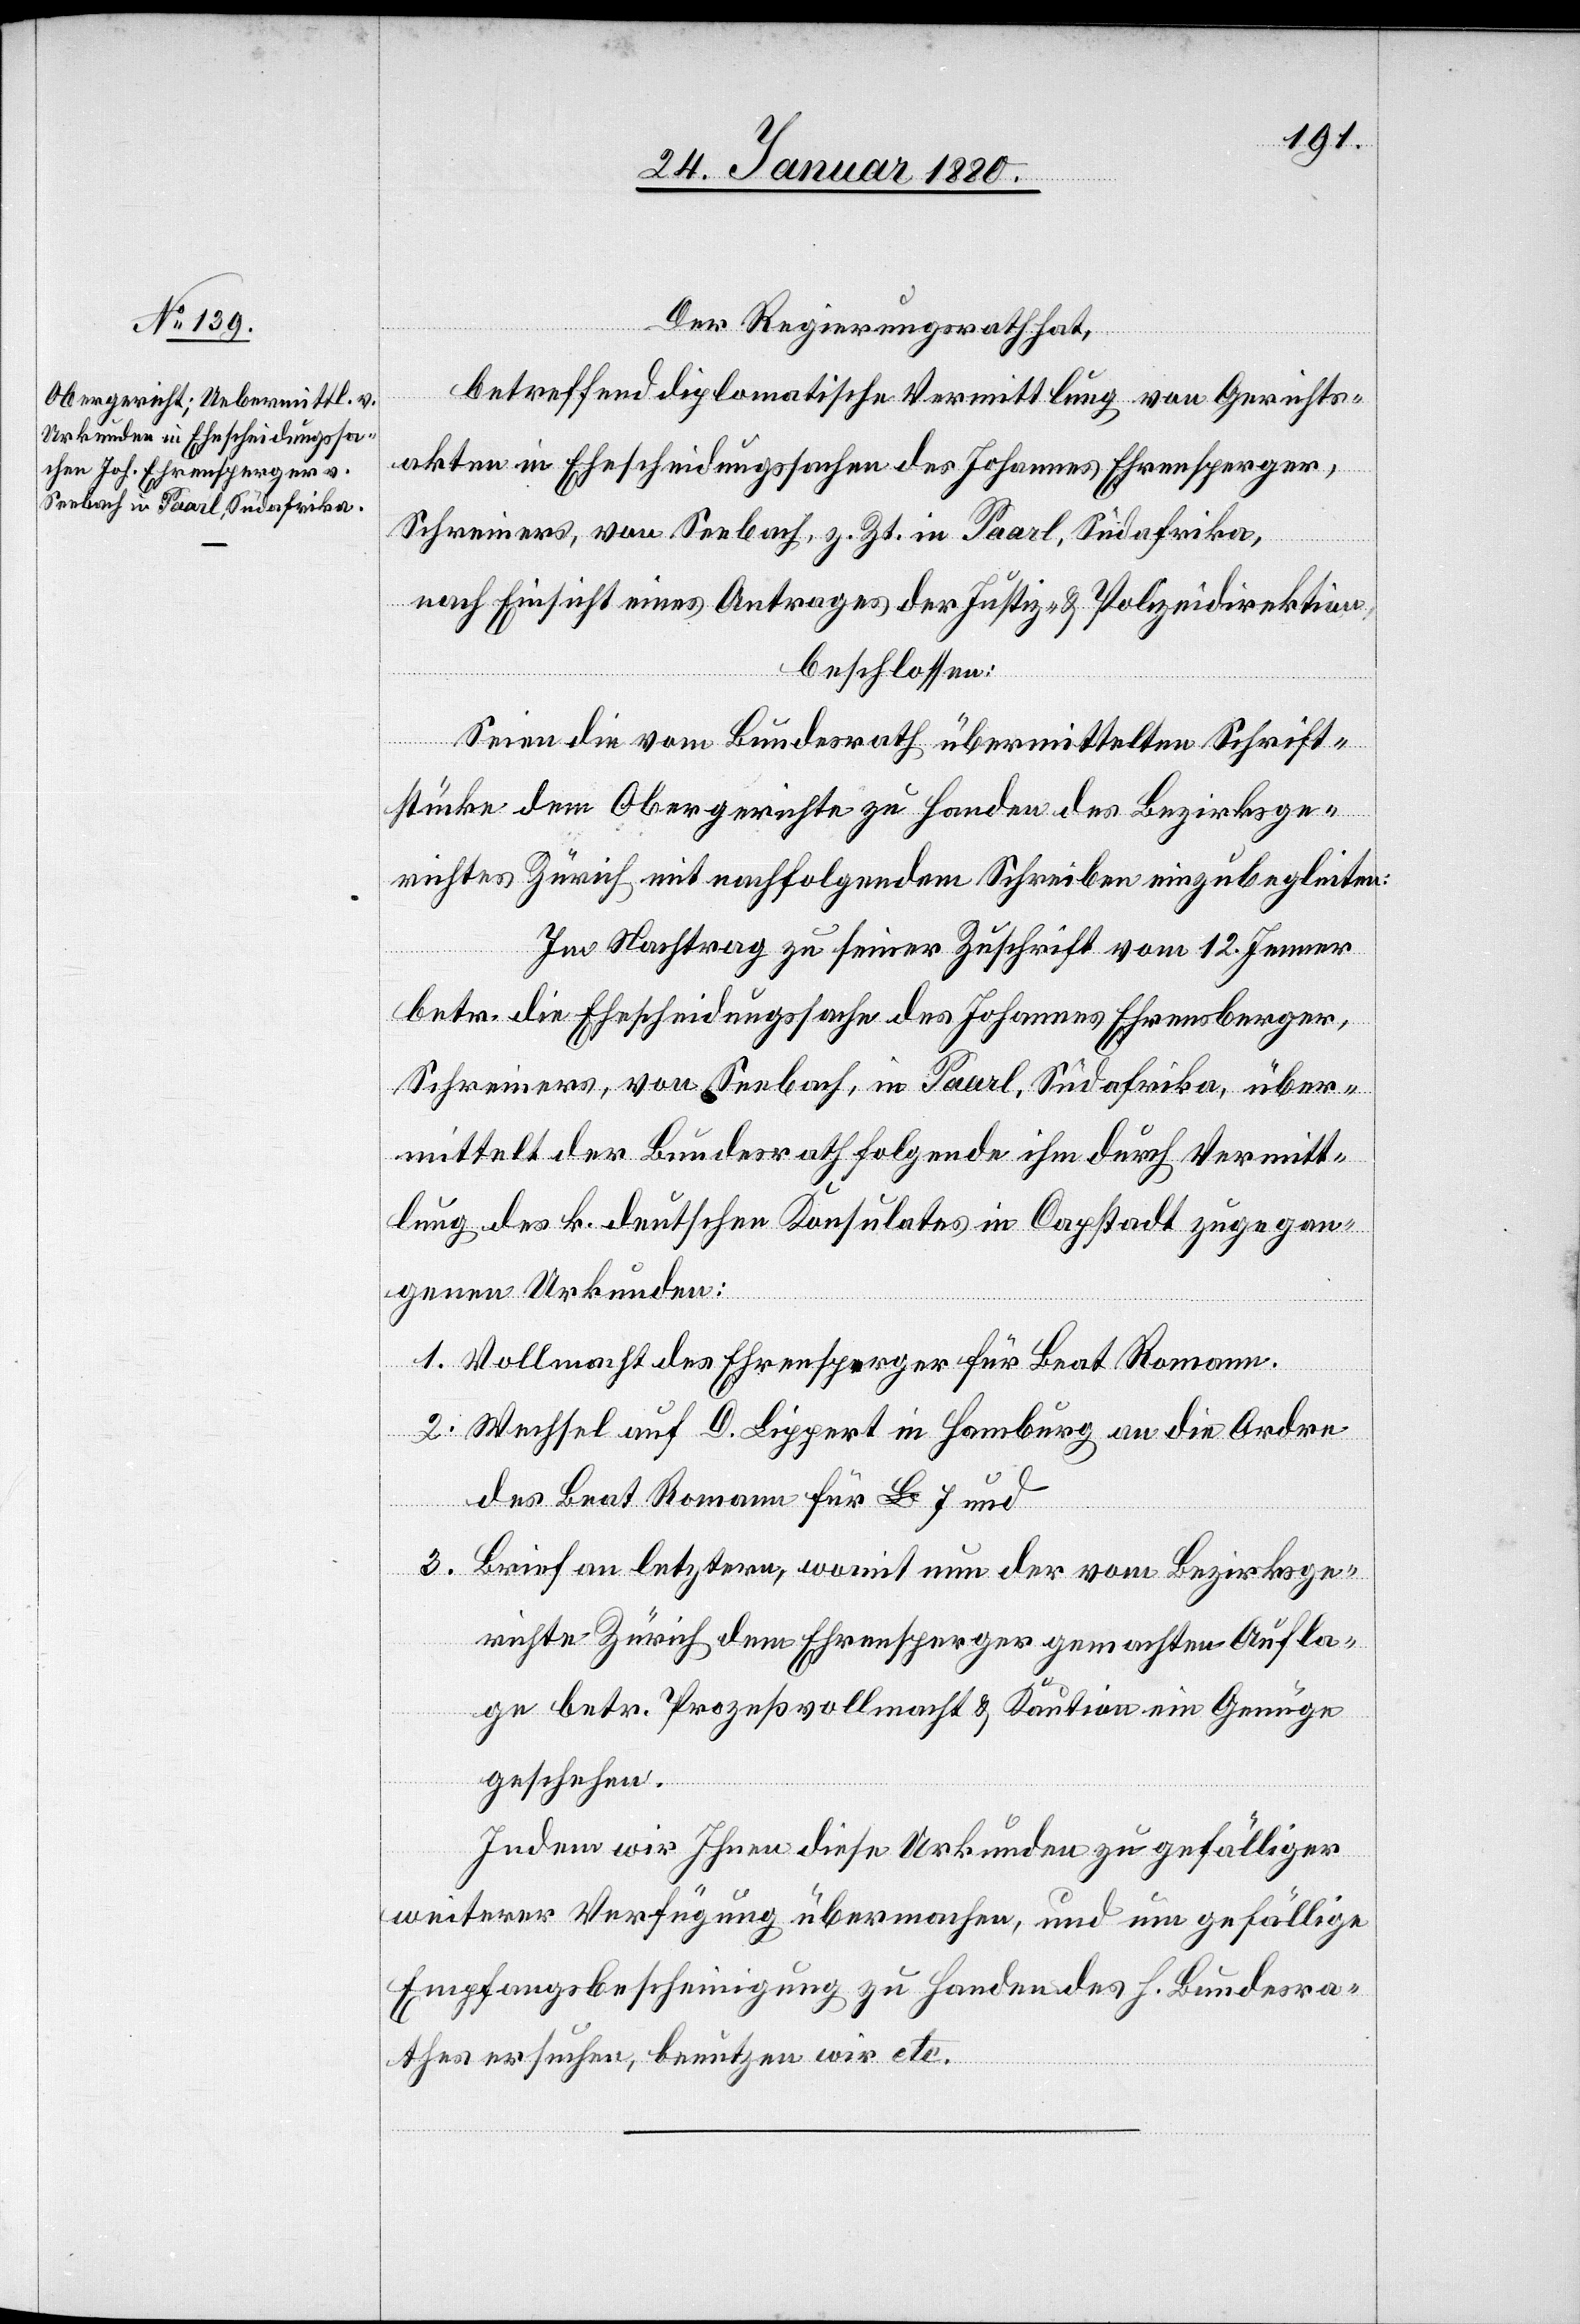
Der Regierungsrath hat,
betreffend diplomatische Vermittlung von Gerichts¬
akten in Ehescheidungssachen des Johannes Ehrensperger,
Schreiners, von Seebach, z. Zt. in Paarl, Südafrika,
nach Einsicht eines Antrages der Justiz- & Polizeidirektion,
beschlossen:
Seien die vom Bundesrath übermittelten Schrift¬
stücke dem Obergerichte zu Handen des Bezirksge¬
richtes Zürich mit nachfolgendem Schreiben einzubegleiten:
Im Nachtrag zu seiner Zuschrift vom 12. Jenner
betr. die Ehescheidungssache des Johannes Ehrensberger,
Schreiners, von Seebach, in Paarl, Südafrika, über¬
mittelt der Bundesrath folgende ihm durch Vermitt¬
lung des k. deutschen Konsulates in Capstadt zugegan¬
genen Urkunden:
1. Vollmacht des Ehrensperger für Brat Romann.
2. Wechsel auf D. Lippert in Homburg an die Ordre
des Brat Romann für £ 7 und
3. Brief an letztere, womit nun der vom Bezirksge¬
richte Zürich dem Ehrensperger gemachten Aufla¬
ge betr. Prozeßvollmacht & Kaution ein Genüge
geschehen.
Indem wir Ihnen diese Urkunden zu gefälliger
weiterer Verfügung übermachen, und um gefällige
Empfangsbescheinigung zu Handen des h. Bundesra¬
thes ersuchen, benutzen wir etc.